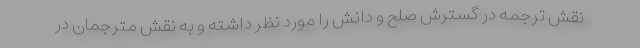
نقش ترجمه در گسترش صلح و دانش را مورد نظر داشته و به نقش مترجمان در